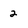
Character: 2